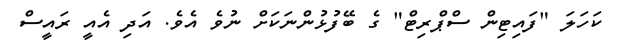
ކަހަލަ "ފައިޓިން ސްޕްރިޓް" ގެ ބޭފުޅުންނަކަށް ނުވެ އެވެ. އަދި އެއީ ރައީސް